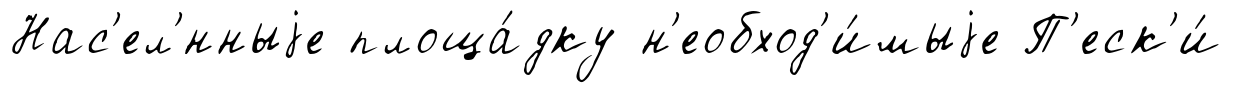
Нас'ел'́нныjе площа́дку н'еобход'и́мыjе П'еск'и́